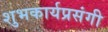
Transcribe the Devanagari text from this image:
शुभकार्यप्रसंगी